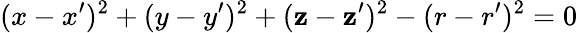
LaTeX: (x-x^{\prime})^{2}+(y-y^{\prime})^{2}+(\mathbf{z}-\mathbf{z}^{\prime})^{2}-(r-r^{\prime})^{2}=0